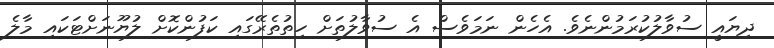
ދިޔައީ ސުވާލުކުރަމުންނެވެ. އެހެން ނަމަވެސް އެ ސުވާލުތަށް ހިތުތެރޭގައި ކަފުންކޮށް ލުޔޫނަށްޓަކައި މާލެ